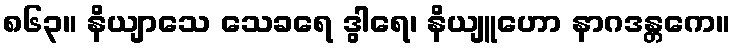
၈၆၃။ နိယျာသေ သေခရေ ဒွါရေ၊ နိယျူဟော နာဂဒန္တကေ။